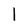
Character: 1